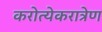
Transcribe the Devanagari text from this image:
करोत्येकरात्रेण